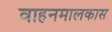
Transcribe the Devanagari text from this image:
वाहनमालकास